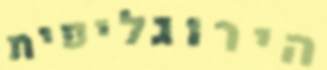
הירוגליפית